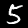
Label: 5